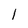
Character: l